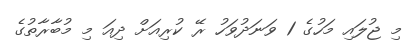
މި ޖުލައި މަހުގެ 1 ވަނަދުވަހު ރޭ ކުރިއަށް ދިއަ މި މުބާރާތުގެ